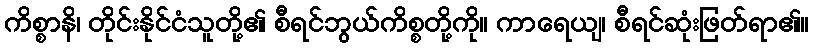
ကိစ္စာနိ၊ တိုင်းနိုင်ငံသူတို့၏ စီရင်ဘွယ်ကိစ္စတို့ကို။ ကာရေယျ၊ စီရင်ဆုံးဖြတ်ရာ၏။